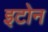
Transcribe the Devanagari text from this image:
इटोन